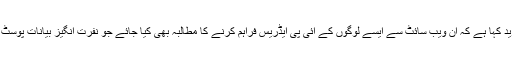
والکر نے مزید کہا ہے کہ ان ویب سائٹ سے ایسے لوگوں کے آئی پی ایڈریس فراہم کرنے کا مطالبہ بھی کیا جائے جو نفرت انگیز بیانات پوسٹ کرر ہے ہیں۔